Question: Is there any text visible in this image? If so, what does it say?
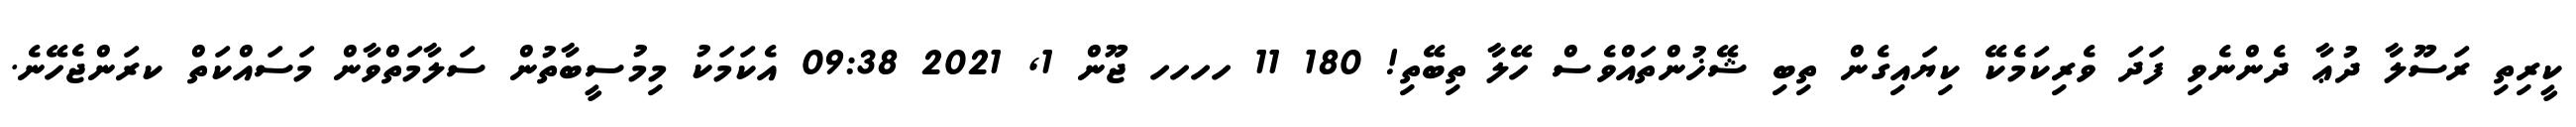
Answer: ކީރިތި ރަސޫލާ ދުޢާ ދެންނެވި ފަދަ ވެރިކަމެކޭ ކިޔައިގެން ތިބި ޝޭޚުންތައްވެސް ހޭލާ ތިބޭތި! 180 11 ހހހހ ޖޫން 1, 2021 09:38 އެކަމަކު މިމުސީބާތުން ސަލާމަތްވާން މަސައްކަތް ކރަންޖެހޭނެ.